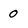
Character: O